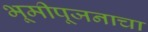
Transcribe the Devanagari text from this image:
भूमीपूजनाचा